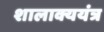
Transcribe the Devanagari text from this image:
शालाक्ययंत्र